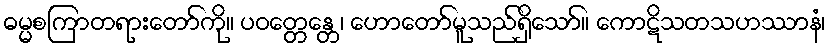
ဓမ္မစကြာတရားတော်ကို။ ပဝတ္တေန္တေ၊ ဟောတော်မူသည်ရှိသော်။ ကောဋိသတသဟဿာနံ၊